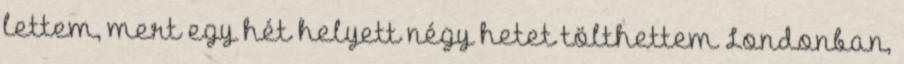
lettem, mert egy hét helyett négy hetet tölthettem Londonban,